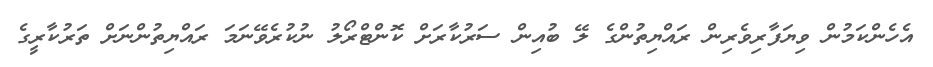
އެހެންކަމުން ވިޔަފާރިވެރިން ރައްޔިތުންގެ ލޭ ބުއިން ސަރުކާރަށް ކޮންޓްރޯލު ނުކުރެވޭނަމަ ރައްޔިތުންނަށް ތަރުކާރީގެ